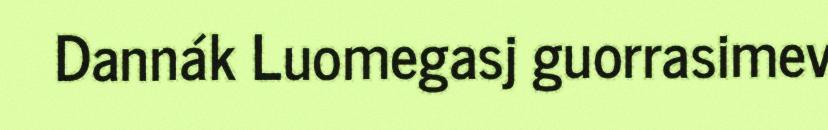
Dannák Luomegasj guorrasimev